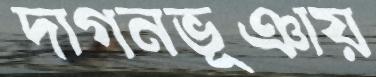
দাগনভূঞায়